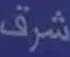
شرق